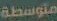
متوسطة